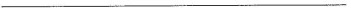
___